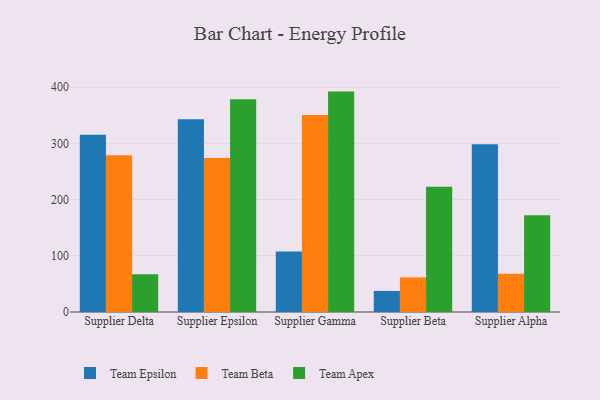
{"axis": {"x": "Supplier", "y": "Inventory Turnover"}, "legend": ["Team Apex", "Team Beta", "Team Epsilon"], "data": [{"x": "Supplier Delta", "y": 315.2, "type": "Team Epsilon"}, {"x": "Supplier Delta", "y": 278.6, "type": "Team Beta"}, {"x": "Supplier Delta", "y": 67.2, "type": "Team Apex"}, {"x": "Supplier Epsilon", "y": 342.8, "type": "Team Epsilon"}, {"x": "Supplier Epsilon", "y": 274.1, "type": "Team Beta"}, {"x": "Supplier Epsilon", "y": 378.5, "type": "Team Apex"}, {"x": "Supplier Gamma", "y": 107.4, "type": "Team Epsilon"}, {"x": "Supplier Gamma", "y": 350.2, "type": "Team Beta"}, {"x": "Supplier Gamma", "y": 392.0, "type": "Team Apex"}, {"x": "Supplier Beta", "y": 37.5, "type": "Team Epsilon"}, {"x": "Supplier Beta", "y": 61.6, "type": "Team Beta"}, {"x": "Supplier Beta", "y": 222.6, "type": "Team Apex"}, {"x": "Supplier Alpha", "y": 298.2, "type": "Team Epsilon"}, {"x": "Supplier Alpha", "y": 68.2, "type": "Team Beta"}, {"x": "Supplier Alpha", "y": 172.2, "type": "Team Apex"}]}